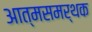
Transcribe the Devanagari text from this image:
आत्मसमर्थक